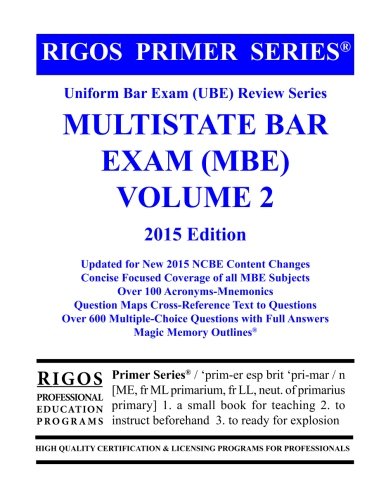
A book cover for Rigos Primer Series Uniform Bar Exam (UBE) Review Series Multistate Bar Exam: MBE Volume 2 - 2015 Edition; James J. Rigos; Test Preparation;